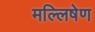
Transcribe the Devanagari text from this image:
मल्लिषेण